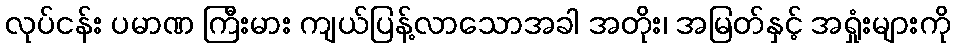
လုပ်ငန်း ပမာဏ ကြီးမား ကျယ်ပြန့်လာသောအခါ အတိုး၊ အမြတ်နှင့် အရှုံးများကို